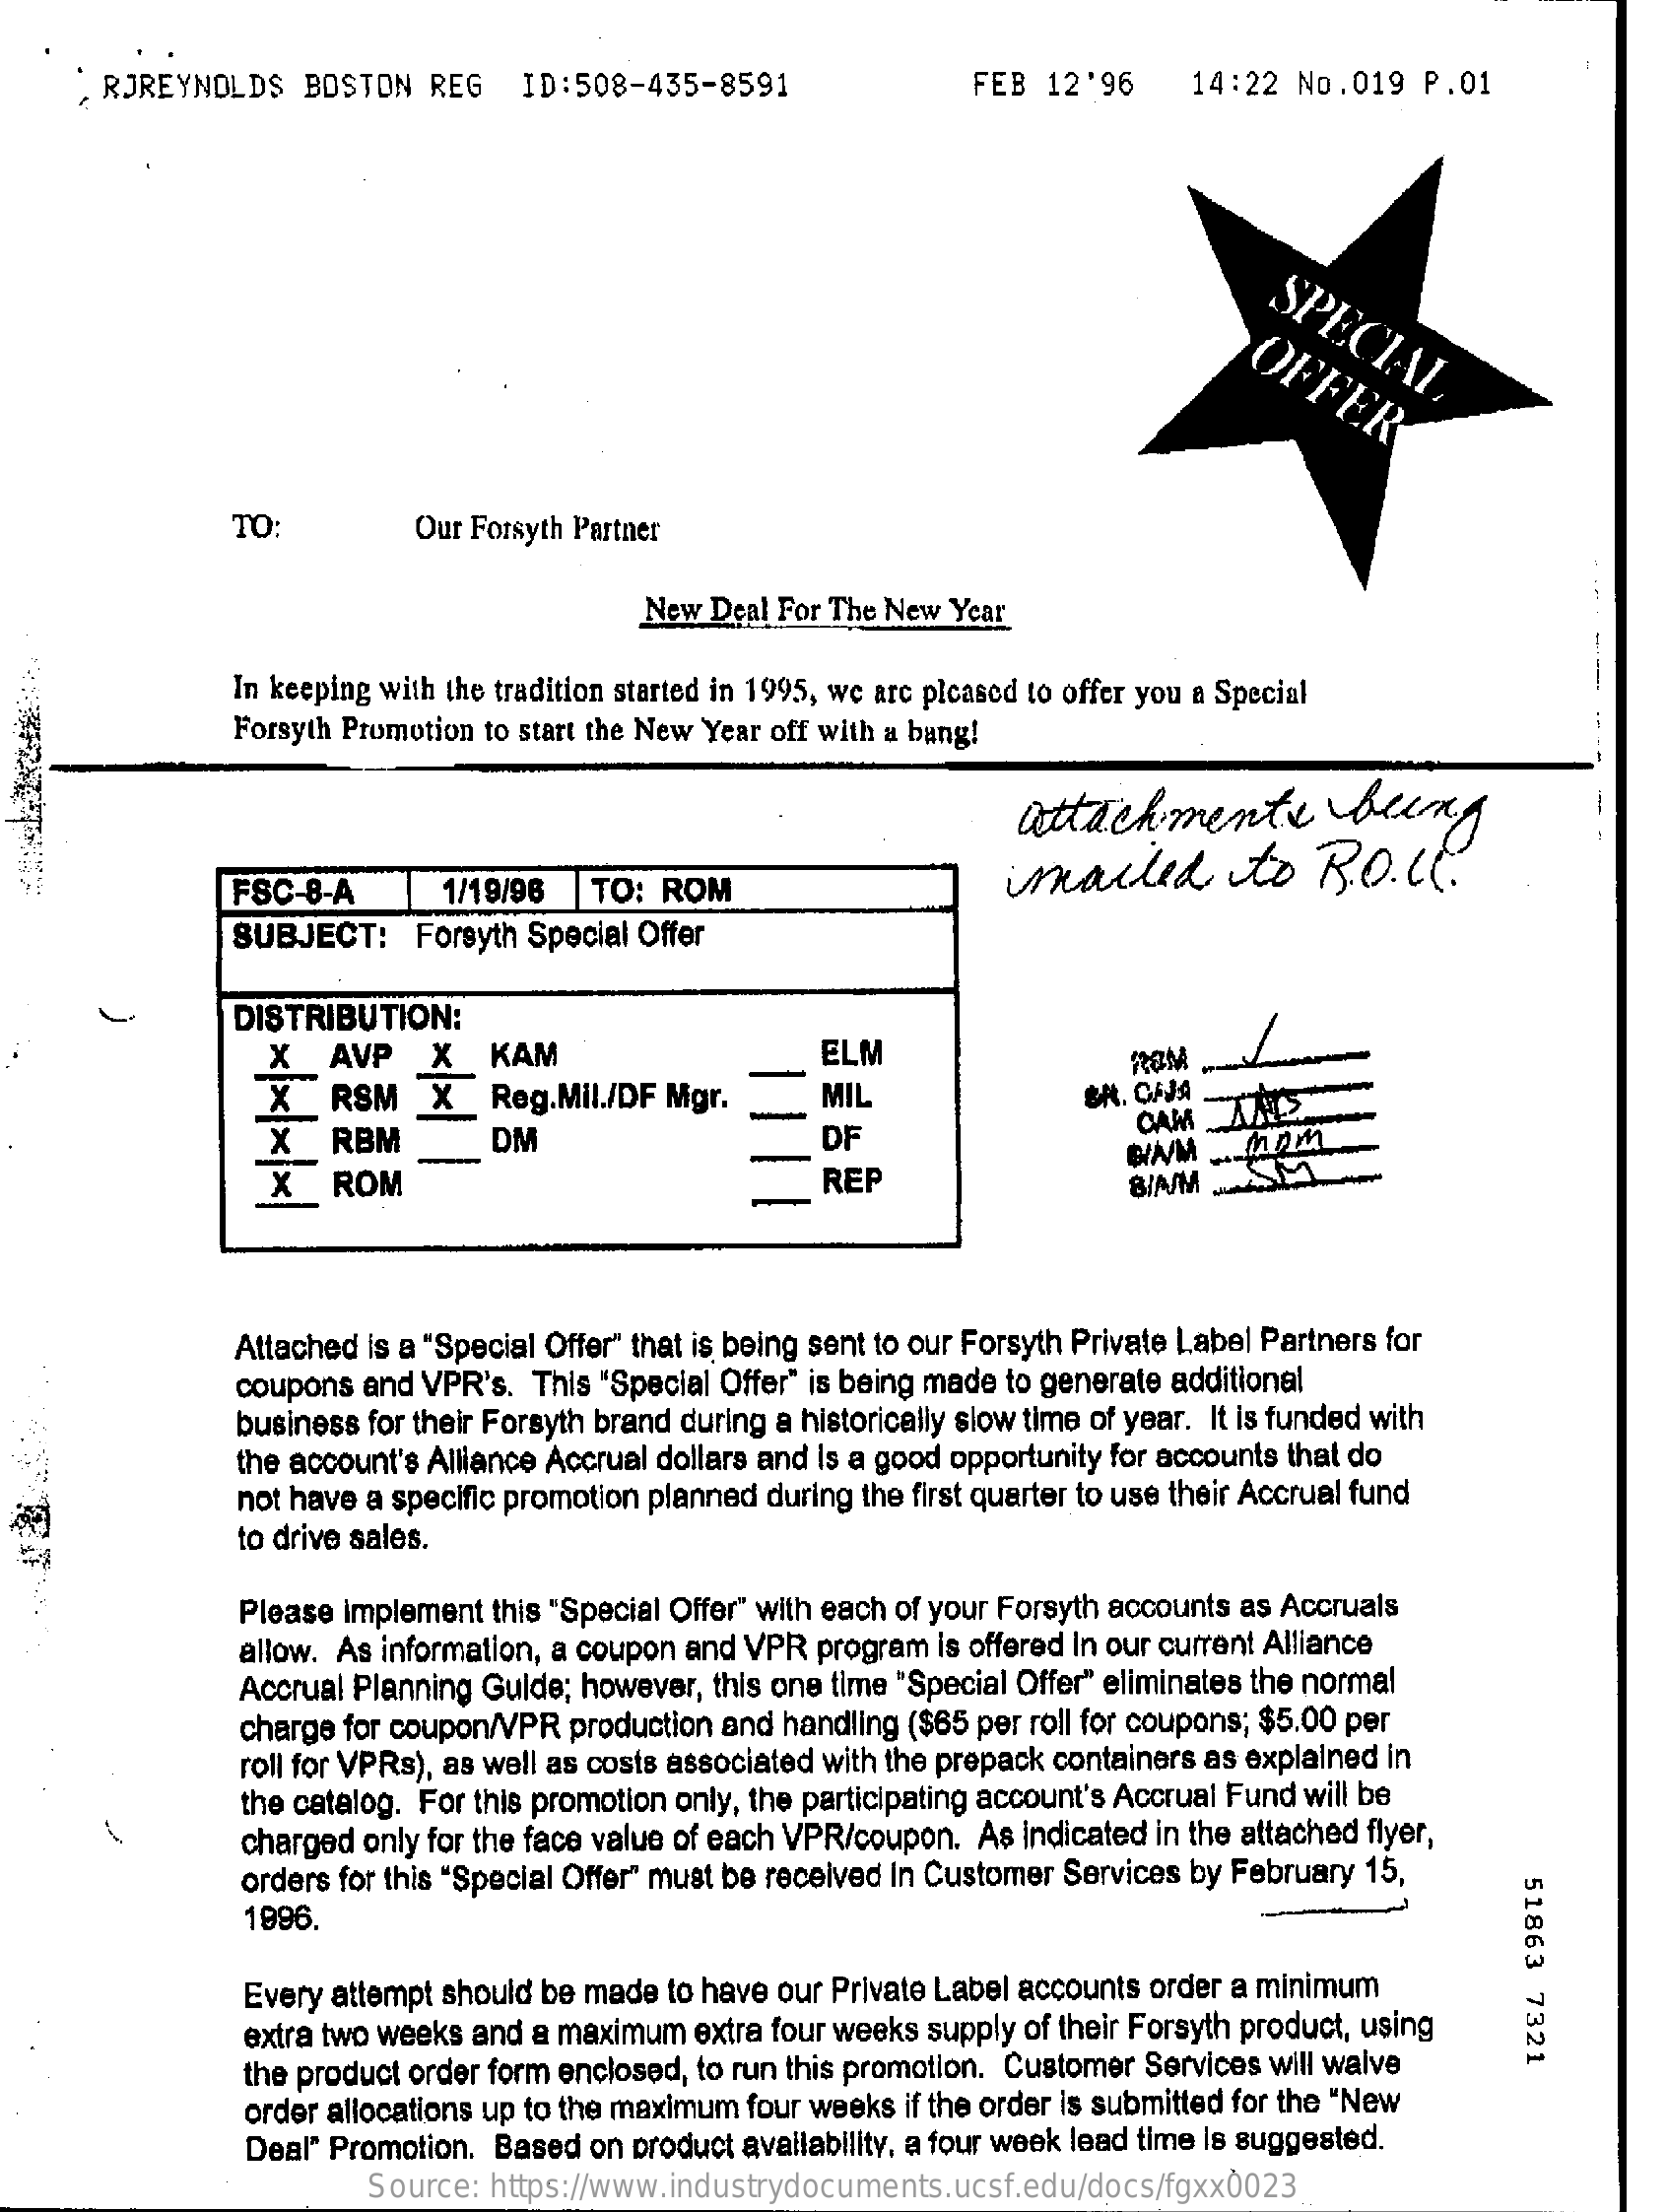
, RJREYNOLDS  BOSTON  REG   ID:508-435-8591    FEB  12'96    14:22 No.019   P.01
     SPECIAL OFFER
     TO:    Our Forsyth Partner
     New Deal For The New Year
     --
     In keeping with the tradition started in 1995, we are pleased to offer you a Special
     Forsyth Promotion to start the New Year off with a bang!
     attachments    being
     FSC-8-A    1/19/96   TO: ROM    imailed    to    B.O.C.
     SUBJECT:   Forsyth Special Offer
     DISTRIBUTION:
     X   AVP   X   KAM    ELM
     X   RSM   X   Reg.Mil./DF Mgr.    MIL
     ROM
     BR. OFJA
     X   RBM    DM    DF
     CAM
     X   ROM
     MAM
     REP    8/NM
     Attached is a "Special Offer" that is being sent to our Forsyth Private Label Partners for
     coupons and VPR's. This "Special Offer" is being made to generate additional
     business for their Forsyth brand during a historically slow time of year. It is funded with
     the account's Alliance Accrual dollars and Is a good opportunity for accounts that do
     not have a specific promotion planned during the first quarter to use their Accrual fund
     to drive sales.
     Please implement this "Special Offer" with each of your Forsyth accounts as Accruals
     allow. As information, a coupon and VPR program is offered In our current Alliance
     Accrual Planning Guide; however, this one time "Special Offer" eliminates the normal
     charge for coupon/VPR production and handling ($65 per roll for coupons; $5.00 per
     roll for VPRs), as well as costs associated with the prepack containers as explained in
     the catalog. For this promotion only, the participating account's Accrual Fund will be
     charged only for the face value of each VPR/coupon. As Indicated in the attached flyer,
     orders for this "Special Offer" must be received In Customer Services by February 15,
     51863
     7321
     1996.
     Every attempt should be made to have our Private Label accounts order a minimum
     extra two weeks and a maximum extra four weeks supply of their Forsyth product, using
     the product order form enclosed, to run this promotion. Customer Services will waive
     order allocations up to the maximum four weeks if the order is submitted for the "New
     Deal" Promotion. Based on product availability, a four week lead time Is suggested.
     Source: https://www.industrydocuments.ucsf.edu/docs/fgxx0023